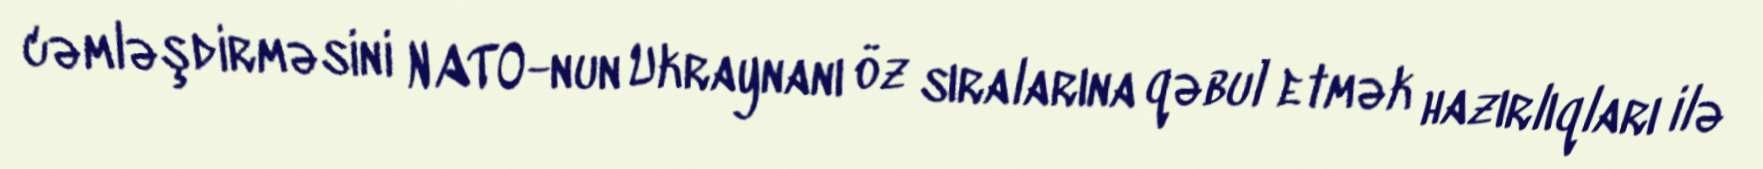
cəmləşdirməsini NATO-nun Ukraynanı öz sıralarına qəbul etmək hazırlıqları ilə